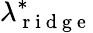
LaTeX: \lambda_{\mathrm{~r~i~d~g~e~}}^{*}